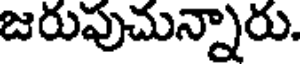
జరువుచున్నారు.